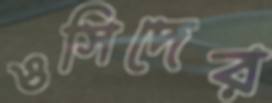
ওসিদের